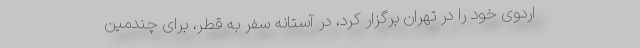
اردوی خود را در تهران برگزار کرد، در آستانه سفر به قطر، برای چندمین